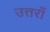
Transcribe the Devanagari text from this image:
उत्तराँ